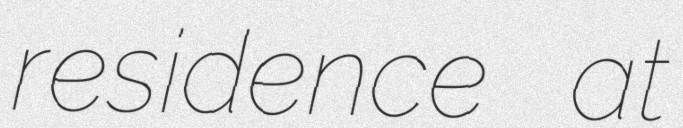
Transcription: residence at